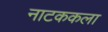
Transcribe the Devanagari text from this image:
नाटककला